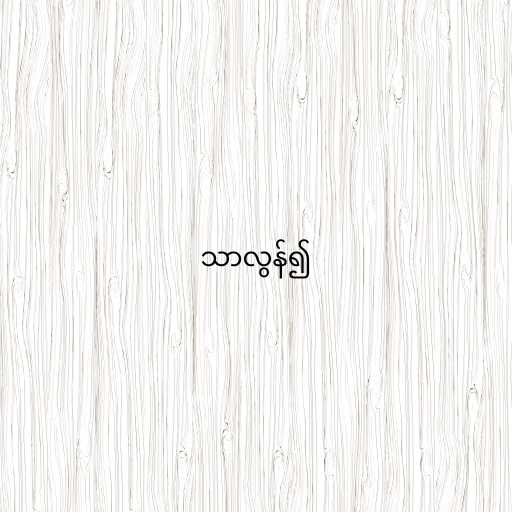
သာလွန်၍